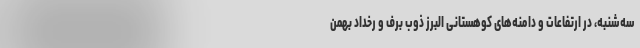
سه‌شنبه، در ارتفاعات و دامنه‌های کوهستانی البرز ذوب برف و رخداد بهمن